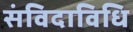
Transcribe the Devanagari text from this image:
संविदाविधि